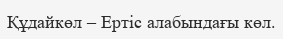
Құдайкөл – Ертіс алабындағы көл.